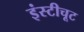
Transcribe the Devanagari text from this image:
इंस्टीचूट